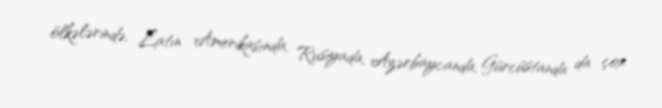
ölkələrində, Latın Amerikasında, Rusiyada, Azərbaycanda, Gürcüstanda da çox